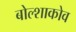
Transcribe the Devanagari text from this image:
बोल्शाकोव